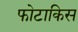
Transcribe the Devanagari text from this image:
फोटाकिस